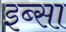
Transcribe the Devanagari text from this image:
इब्‍सा